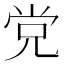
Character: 党